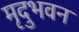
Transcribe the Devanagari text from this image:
मृदुभवन